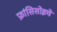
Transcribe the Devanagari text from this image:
फ्रांसिसोइचे